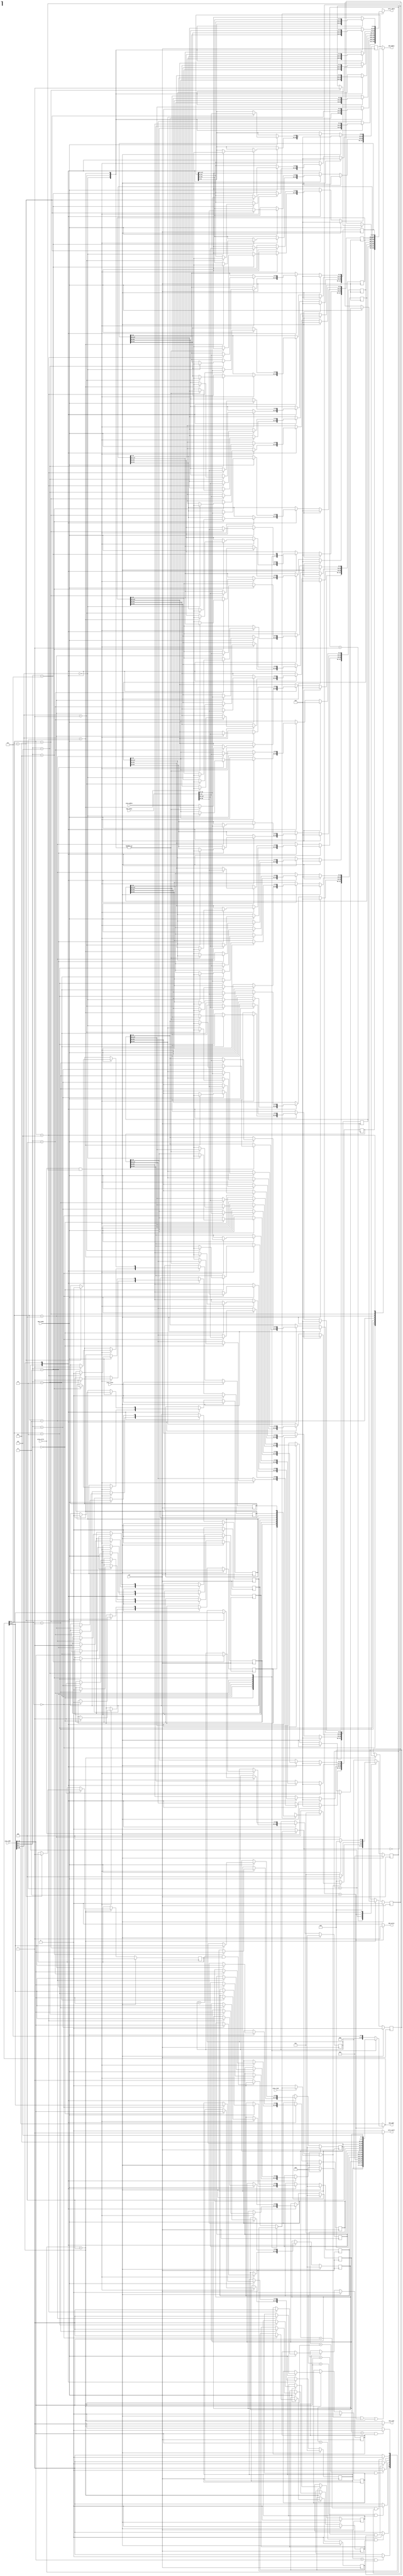
module cache(
    clk,
    proc_reset,
    proc_read,
    proc_write,
    proc_addr,
    proc_rdata,
    proc_wdata,
    proc_stall,
    mem_read,
    mem_write,
    mem_addr,
    mem_rdata,
    mem_wdata,
    mem_ready
);
    
//==== input/output definition ============================
    input          clk;
    // processor interface
    input          proc_reset;
    input          proc_read, proc_write;
    input   [29:0] proc_addr;
    input   [31:0] proc_wdata;
    output         proc_stall;
    output reg [31:0] proc_rdata;
    // memory interface
    input  [127:0] mem_rdata;
    input          mem_ready;
    output         mem_read, mem_write;
    output reg [27:0] mem_addr;
    output reg [127:0] mem_wdata;
    
    parameter TAG_WIDTH = 25;
    parameter BLOCK_NUMBER = 8;
    parameter INITIAL = 0, RESET = 1, PROCESS = 2, WRITE = 3, READ = 4;
//==== wire/reg definition ================================
    wire isdirty;
    reg writemiss, readmiss;

    reg [127:0] block_data[0:BLOCK_NUMBER-1];//data in cache
    reg [TAG_WIDTH-1:0] block_tag[0:BLOCK_NUMBER-1];//tag in cache
    reg block_valid[0:BLOCK_NUMBER-1];//0==not valid, 1==valid
    reg block_dirty[0:BLOCK_NUMBER-1];//0==not dirty, 1==dirty
    reg [2:0] Q_NOW, Q_NEXT;

    integer i;
//==== combinational circuit ==============================
assign proc_stall = (writemiss||readmiss||Q_NOW==WRITE||Q_NOW==READ)?1:0;
assign mem_write = (Q_NOW==WRITE)?1:0;
assign mem_read = (Q_NOW==READ)?1:0;
assign isdirty = block_dirty[proc_addr[4:2]];

always@(*)begin
    //mem_addr logic
    if(Q_NOW==WRITE)begin
        case(proc_addr[4:2])
            3'd0: mem_addr = {block_tag[0], 3'd0};
            3'd1: mem_addr = {block_tag[1], 3'd1};
            3'd2: mem_addr = {block_tag[2], 3'd2};
            3'd3: mem_addr = {block_tag[3], 3'd3};
            3'd4: mem_addr = {block_tag[4], 3'd4};
            3'd5: mem_addr = {block_tag[5], 3'd5};
            3'd6: mem_addr = {block_tag[6], 3'd6};
            default: mem_addr = {block_tag[7], 3'd7};
        endcase
    end
    else begin
        mem_addr = proc_addr[29:2];
    end
end

always@(*)begin
    //proc_rdata logic
        case(proc_addr[4:2])
            3'd0:begin
                case(proc_addr[1:0])
                    2'b00: proc_rdata = block_data[0][31:0];
                    2'b01: proc_rdata = block_data[0][63:32];
                    2'b10: proc_rdata = block_data[0][95:64];
                    default: proc_rdata = block_data[0][127:96];
                endcase
            end
            3'd1:begin
                case(proc_addr[1:0])
                    2'b00: proc_rdata = block_data[1][31:0];
                    2'b01: proc_rdata = block_data[1][63:32];
                    2'b10: proc_rdata = block_data[1][95:64];
                    default: proc_rdata = block_data[1][127:96];
                endcase
            end
            3'd2:begin
                case(proc_addr[1:0])
                    2'b00: proc_rdata = block_data[2][31:0];
                    2'b01: proc_rdata = block_data[2][63:32];
                    2'b10: proc_rdata = block_data[2][95:64];
                    default: proc_rdata = block_data[2][127:96];
                endcase
            end
            3'd3:begin
                case(proc_addr[1:0])
                    2'b00: proc_rdata = block_data[3][31:0];
                    2'b01: proc_rdata = block_data[3][63:32];
                    2'b10: proc_rdata = block_data[3][95:64];
                    default: proc_rdata = block_data[3][127:96];
                endcase
            end
            3'd4:begin
                case(proc_addr[1:0])
                    2'b00: proc_rdata = block_data[4][31:0];
                    2'b01: proc_rdata = block_data[4][63:32];
                    2'b10: proc_rdata = block_data[4][95:64];
                    default: proc_rdata = block_data[4][127:96];
                endcase
            end
            3'd5:begin
                case(proc_addr[1:0])
                    2'b00: proc_rdata = block_data[5][31:0];
                    2'b01: proc_rdata = block_data[5][63:32];
                    2'b10: proc_rdata = block_data[5][95:64];
                    default: proc_rdata = block_data[5][127:96];
                endcase
            end
            3'd6:begin
                case(proc_addr[1:0])
                    2'b00: proc_rdata = block_data[6][31:0];
                    2'b01: proc_rdata = block_data[6][63:32];
                    2'b10: proc_rdata = block_data[6][95:64];
                    default: proc_rdata = block_data[6][127:96];
                endcase
            end
            3'd7:begin
                case(proc_addr[1:0])
                    2'b00: proc_rdata = block_data[7][31:0];
                    2'b01: proc_rdata = block_data[7][63:32];
                    2'b10: proc_rdata = block_data[7][95:64];
                    default: proc_rdata = block_data[7][127:96];
                endcase
            end
            default: proc_rdata = 0;
        endcase
end

always@(*)begin
    //mem_wdata logic
    case(mem_addr[2:0])
        3'd0: mem_wdata = block_data[0];
        3'd1: mem_wdata = block_data[1];
        3'd2: mem_wdata = block_data[2];
        3'd3: mem_wdata = block_data[3];
        3'd4: mem_wdata = block_data[4];
        3'd5: mem_wdata = block_data[5];
        3'd6: mem_wdata = block_data[6];
        default: mem_wdata = block_data[7];
    endcase
    //writemiss logic
    if(proc_write)begin
        case(proc_addr[4:2])
            3'd0: writemiss = (block_tag[0]==proc_addr[29:5]&&block_valid[0])?0:1;
            3'd1: writemiss = (block_tag[1]==proc_addr[29:5]&&block_valid[1])?0:1;
            3'd2: writemiss = (block_tag[2]==proc_addr[29:5]&&block_valid[2])?0:1;
            3'd3: writemiss = (block_tag[3]==proc_addr[29:5]&&block_valid[3])?0:1;
            3'd4: writemiss = (block_tag[4]==proc_addr[29:5]&&block_valid[4])?0:1;
            3'd5: writemiss = (block_tag[5]==proc_addr[29:5]&&block_valid[5])?0:1;
            3'd6: writemiss = (block_tag[6]==proc_addr[29:5]&&block_valid[6])?0:1;
            default: writemiss = (block_tag[7]==proc_addr[29:5]&&block_valid[7])?0:1;
        endcase
    end
    else writemiss = 0;
    //readmiss logic
    if(proc_read)begin
        case(proc_addr[4:2])
            3'd0: readmiss = (block_tag[0]==proc_addr[29:5]&&block_valid[0])?0:1;
            3'd1: readmiss = (block_tag[1]==proc_addr[29:5]&&block_valid[1])?0:1;
            3'd2: readmiss = (block_tag[2]==proc_addr[29:5]&&block_valid[2])?0:1;
            3'd3: readmiss = (block_tag[3]==proc_addr[29:5]&&block_valid[3])?0:1;
            3'd4: readmiss = (block_tag[4]==proc_addr[29:5]&&block_valid[4])?0:1;
            3'd5: readmiss = (block_tag[5]==proc_addr[29:5]&&block_valid[5])?0:1;
            3'd6: readmiss = (block_tag[6]==proc_addr[29:5]&&block_valid[6])?0:1;
            default: readmiss = (block_tag[7]==proc_addr[29:5]&&block_valid[7])?0:1;
        endcase
    end
    else readmiss = 0;
end
//fsm logic
always@(*)begin
    if(proc_reset) Q_NEXT = RESET;
    else begin
        case(Q_NOW)
            INITIAL: Q_NEXT = (proc_reset)?RESET:INITIAL;
            RESET: Q_NEXT = (~proc_reset)?PROCESS:RESET;
            PROCESS: Q_NEXT = (writemiss||readmiss)?((isdirty)?WRITE:READ):PROCESS;
            WRITE: Q_NEXT = (mem_ready)?READ:WRITE;
            READ: Q_NEXT = (mem_ready)?PROCESS:READ;
            default: Q_NEXT = INITIAL;
        endcase
    end
end
//==== sequential circuit =================================
always@( posedge clk ) begin
    if( proc_reset ) begin
        for(i=0; i<BLOCK_NUMBER; i=i+1)begin
            block_data[i] <= 0;
            block_tag[i] <= 0;
            block_valid[i] <= 0;
            block_dirty[i] <= 0;
        end
    end
    else begin
        
        case(Q_NOW)
            PROCESS:begin
                //block update (write hit)
                if(proc_write&&~writemiss)begin
                    case(proc_addr[4:2])
                        3'd0:begin
                            block_dirty[0] <= 1;
                            block_tag[0] <= proc_addr[29:5];
                            case(proc_addr[1:0])
                                2'b00: block_data[0][31:0] <= proc_wdata;
                                2'b01: block_data[0][63:32] <= proc_wdata;
                                2'b10: block_data[0][95:64] <= proc_wdata;
                                default: block_data[0][127:96] <= proc_wdata;
                            endcase
                        end
                        3'd1:begin
                            block_dirty[1] <= 1;
                            block_tag[1] <= proc_addr[29:5];
                            case(proc_addr[1:0])
                                2'b00: block_data[1][31:0] <= proc_wdata;
                                2'b01: block_data[1][63:32] <= proc_wdata;
                                2'b10: block_data[1][95:64] <= proc_wdata;
                                default: block_data[1][127:96] <= proc_wdata;
                            endcase
                        end
                        3'd2:begin
                            block_dirty[2] <= 1;
                            block_tag[2] <= proc_addr[29:5];
                            case(proc_addr[1:0])
                                2'b00: block_data[2][31:0] <= proc_wdata;
                                2'b01: block_data[2][63:32] <= proc_wdata;
                                2'b10: block_data[2][95:64] <= proc_wdata;
                                default: block_data[2][127:96] <= proc_wdata;
                            endcase
                        end
                        3'd3:begin
                            block_dirty[3] <= 1;
                            block_tag[3] <= proc_addr[29:5];
                            case(proc_addr[1:0])
                                2'b00: block_data[3][31:0] <= proc_wdata;
                                2'b01: block_data[3][63:32] <= proc_wdata;
                                2'b10: block_data[3][95:64] <= proc_wdata;
                                default: block_data[3][127:96] <= proc_wdata;
                            endcase
                        end
                        3'd4:begin
                            block_dirty[4] <= 1;
                            block_tag[4] <= proc_addr[29:5];
                            case(proc_addr[1:0])
                                2'b00: block_data[4][31:0] <= proc_wdata;
                                2'b01: block_data[4][63:32] <= proc_wdata;
                                2'b10: block_data[4][95:64] <= proc_wdata;
                                default: block_data[4][127:96] <= proc_wdata;
                            endcase
                        end
                        3'd5:begin
                            block_dirty[5] <= 1;
                            block_tag[5] <= proc_addr[29:5];
                            case(proc_addr[1:0])
                                2'b00: block_data[5][31:0] <= proc_wdata;
                                2'b01: block_data[5][63:32] <= proc_wdata;
                                2'b10: block_data[5][95:64] <= proc_wdata;
                                default: block_data[5][127:96] <= proc_wdata;
                            endcase
                        end
                        3'd6:begin
                            block_dirty[6] <= 1;
                            block_tag[6] <= proc_addr[29:5];
                            case(proc_addr[1:0])
                                2'b00: block_data[6][31:0] <= proc_wdata;
                                2'b01: block_data[6][63:32] <= proc_wdata;
                                2'b10: block_data[6][95:64] <= proc_wdata;
                                default: block_data[6][127:96] <= proc_wdata;
                            endcase
                        end
                        3'd7:begin
                            block_dirty[7] <=1;
                            block_tag[7] <= proc_addr[29:5];
                            case(proc_addr[1:0])
                                2'b00: block_data[7][31:0] <= proc_wdata;
                                2'b01: block_data[7][63:32] <= proc_wdata;
                                2'b10: block_data[7][95:64] <= proc_wdata;
                                default: block_data[7][127:96] <= proc_wdata;
                            endcase
                        end
                        default:begin
                           for(i=0; i<BLOCK_NUMBER; i=i+1)begin
                                block_data[i] <= block_data[i];
                                block_tag[i] <= block_tag[i];
                                block_dirty[i] <= block_dirty[i];
                            end
                        end
                    endcase
                end
                else begin
                    for(i=0; i<BLOCK_NUMBER; i=i+1)begin
                        block_data[i] <= block_data[i];
                        block_tag[i] <= block_tag[i];
                        block_dirty[i] <= block_dirty[i];
                    end
                end
            end
            READ:begin
                //read miss
                if(mem_ready)begin
                    case(mem_addr[2:0])
                        3'd0:begin
                            block_data[0] <= mem_rdata;
                            block_tag[0] <= mem_addr[27:3];
                            block_dirty[0] <= 0;
                            block_valid[0] <= 1;
                        end
                        3'd1:begin
                            block_data[1] <= mem_rdata;
                            block_tag[1] <= mem_addr[27:3];
                            block_dirty[1] <= 0;
                            block_valid[1] <= 1;
                        end
                        3'd2:begin
                            block_data[2] <= mem_rdata;
                            block_tag[2] <= mem_addr[27:3];
                            block_dirty[2] <= 0;
                            block_valid[2] <= 1;
                        end
                        3'd3:begin
                            block_data[3] <= mem_rdata;
                            block_tag[3] <= mem_addr[27:3];
                            block_dirty[3] <= 0;
                            block_valid[3] <= 1;
                        end
                        3'd4:begin
                            block_data[4] <= mem_rdata;
                            block_tag[4] <= mem_addr[27:3];
                            block_dirty[4] <= 0;
                            block_valid[4] <= 1;
                        end
                        3'd5:begin
                            block_data[5] <= mem_rdata;
                            block_tag[5] <= mem_addr[27:3];
                            block_dirty[5] <= 0;
                            block_valid[5] <= 1;
                        end
                        3'd6:begin
                            block_data[6] <= mem_rdata;
                            block_tag[6] <= mem_addr[27:3];
                            block_dirty[6] <= 0;
                            block_valid[6] <= 1;
                        end
                        3'd7:begin
                            block_data[7] <= mem_rdata;
                            block_tag[7] <= mem_addr[27:3];
                            block_dirty[7] <= 0;
                            block_valid[7] <= 1;
                        end
                        default:begin
                            for(i=0; i<BLOCK_NUMBER; i=i+1)begin
                                block_data[i] <= block_data[i];
                                block_tag[i] <= block_tag[i];
                                block_dirty[i] <= block_dirty[i];
                                block_valid[i] <= block_valid[i];
                            end
                        end
                    endcase
                end
            end
            default:begin
                for(i=0; i<BLOCK_NUMBER; i=i+1)begin
                    block_data[i] <= block_data[i];
                    block_tag[i] <= block_tag[i];
                    block_dirty[i] <= block_dirty[i];
                    block_valid[i] <= block_valid[i];
                end
            end
        endcase
    end
end

always@(posedge clk)begin
    Q_NOW <= Q_NEXT;
end

endmodule